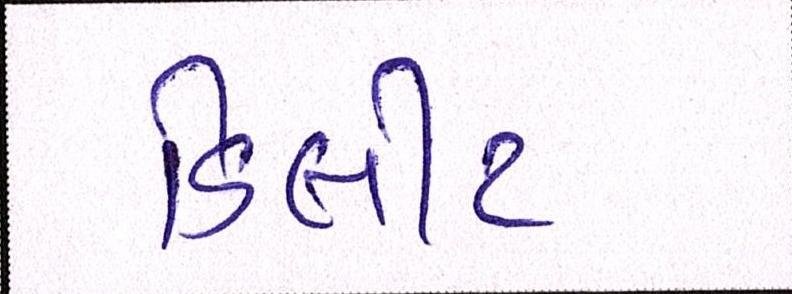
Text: ડિલીટ